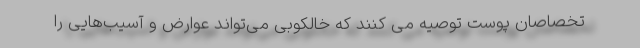
تخصاصان پوست توصیه می کنند که خالکوبی می‌تواند عوارض و آسیب‌هایی را